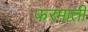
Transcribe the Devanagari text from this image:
फरमाती